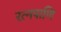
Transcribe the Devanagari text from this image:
रत्नपाणि